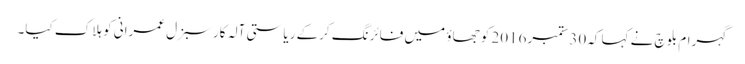
گہرام بلوچ نے کہا کہ30 ستمبر2016 کو جھاؤ میں فائرنگ کرکے ریاستی آلہ کار سبزل عمرانی کو ہلاک کیا۔